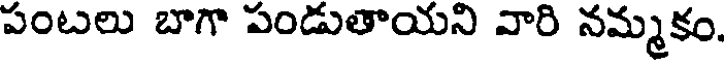
పంటలు బాగా పండుతాయని వారి నమ్మకం,